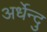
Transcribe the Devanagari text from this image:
अर्धेन्दु